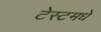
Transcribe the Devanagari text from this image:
टेस्टमधे